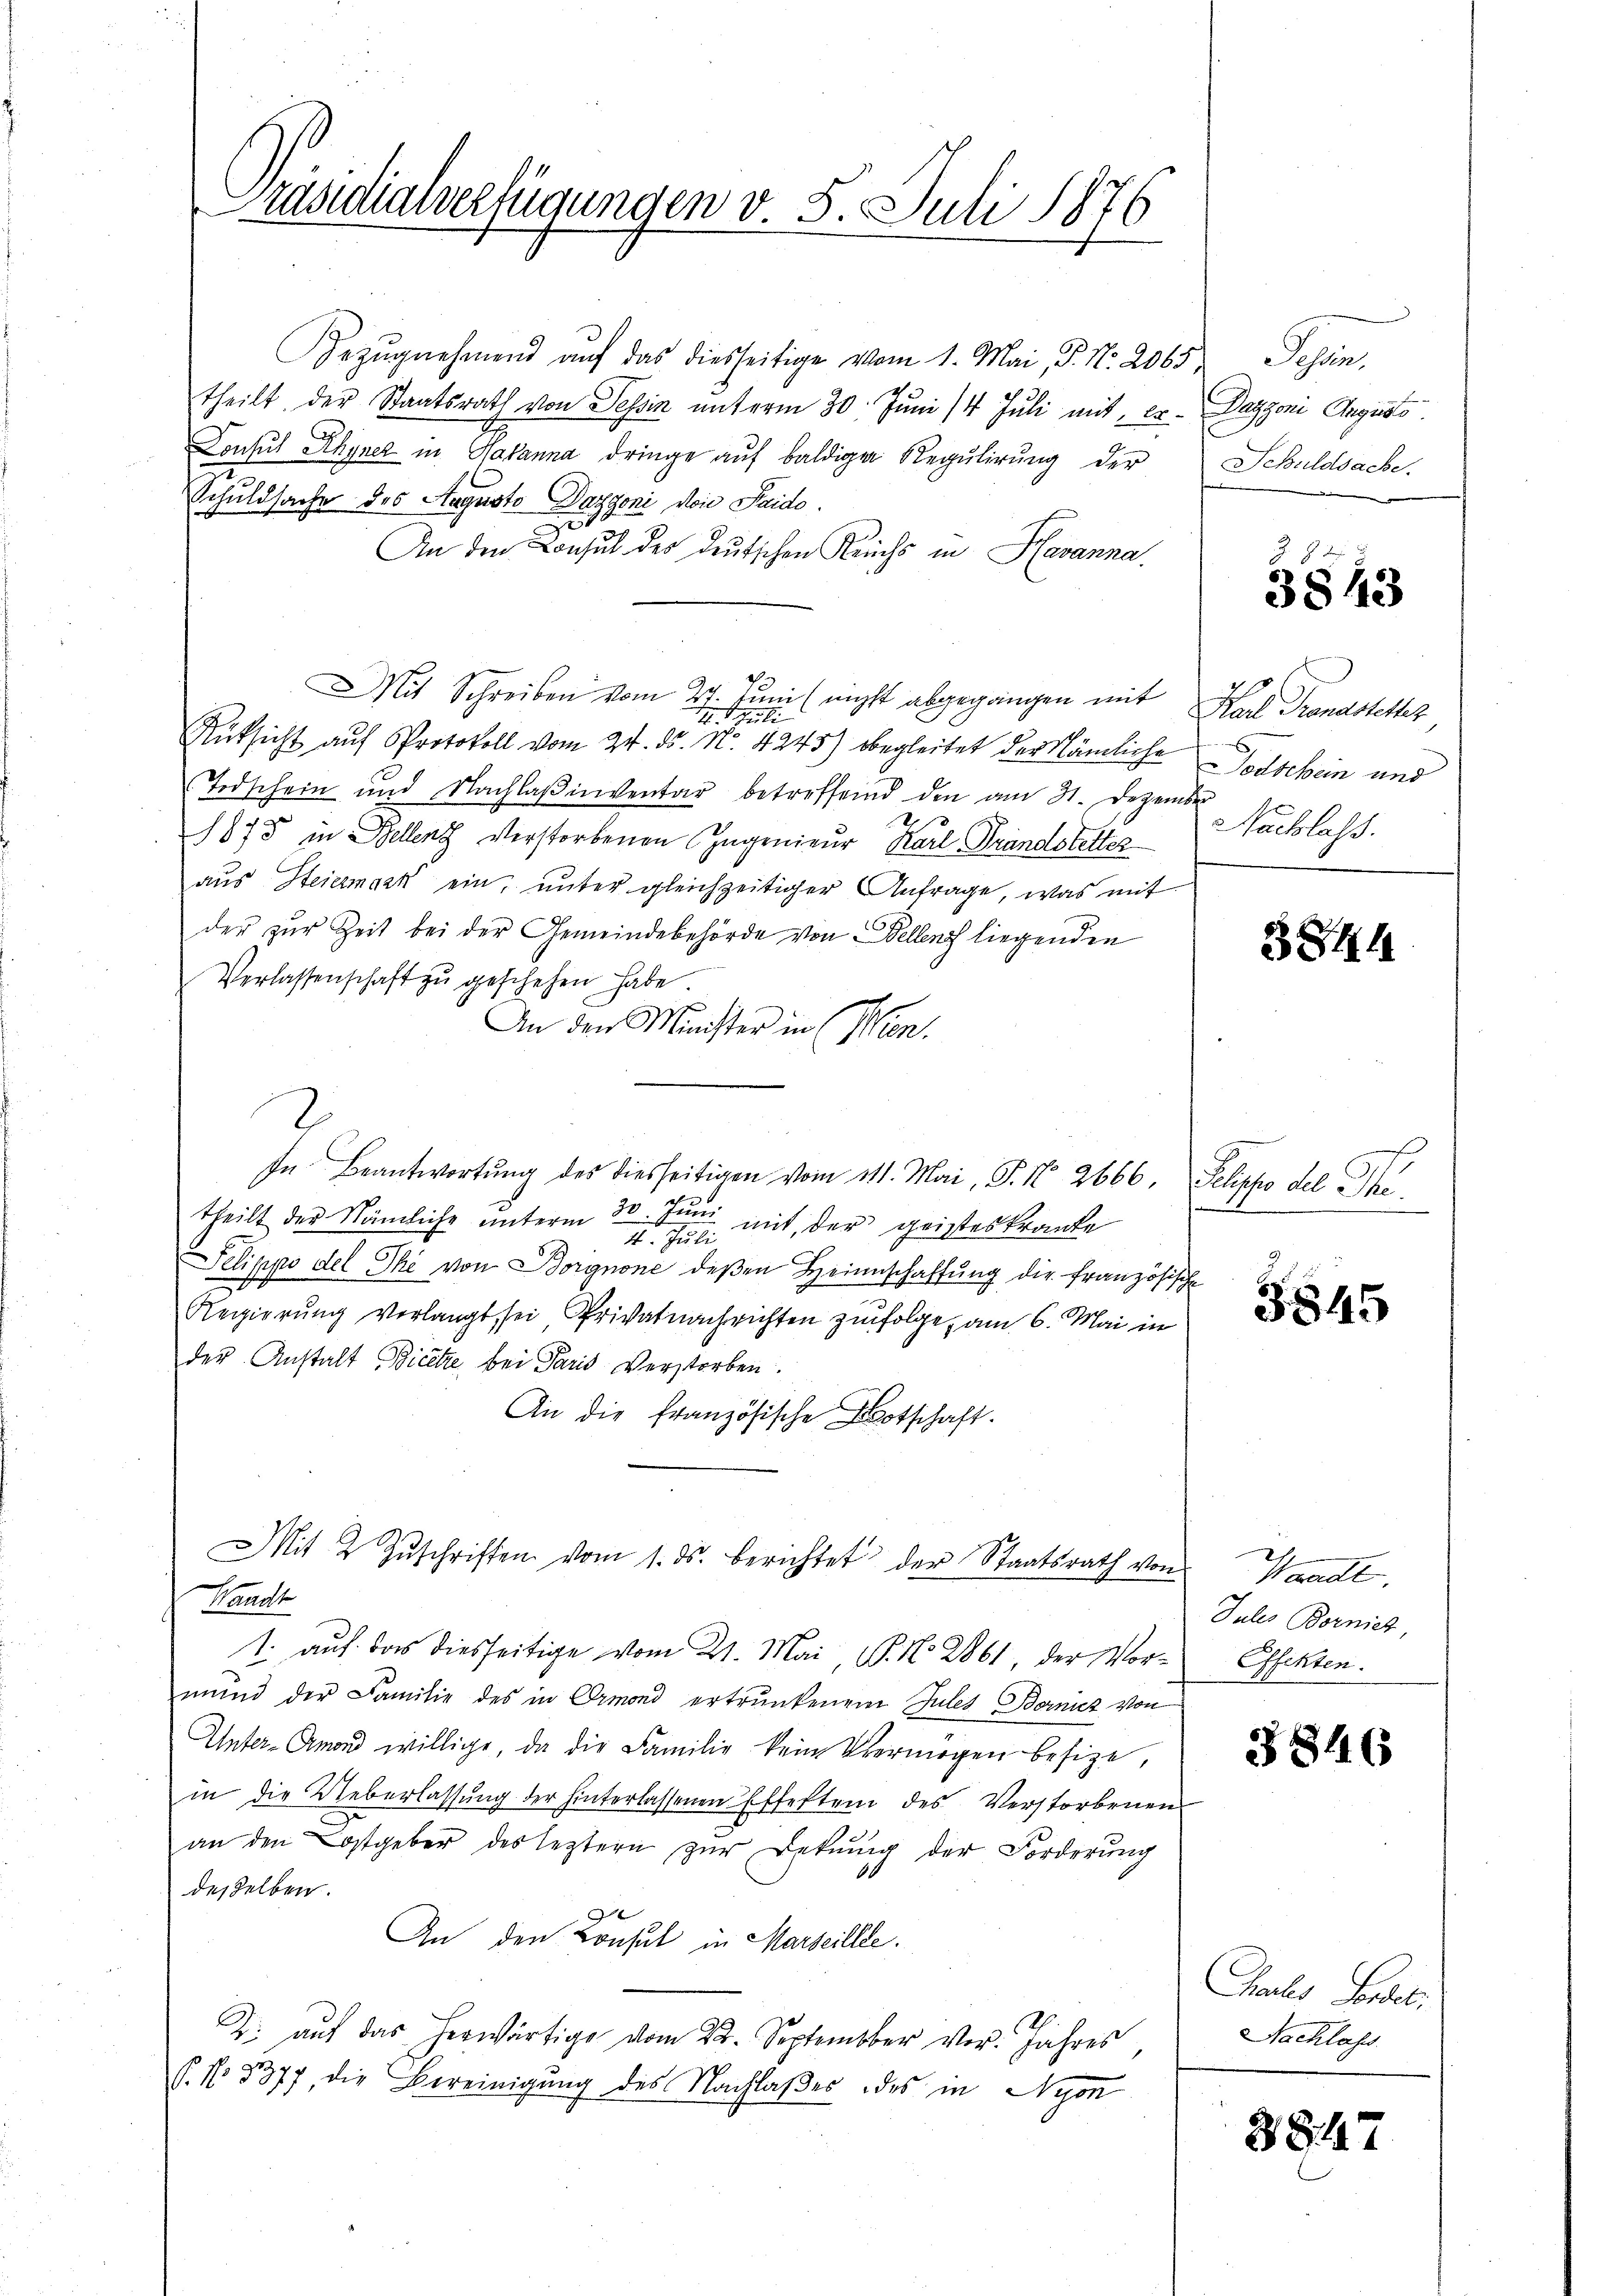
räsidialverfügungen v. 5. Juli 1870
t

Bezŭgnehmend aŭf das diesseitige vom 1. Mai, P. Nr. 2065,
theilt der Staatsrath von Tessin unterm 30. Juni /4 Juli mit, er. Daggoni Augusts
Consul Rhyner in Havanna dringe aŭf baldiger Regulirung der Schuldsache.
Schuldsache des Augusto Dazzoni von Saido.
r
An den Consul des deutschen Reichs in Havanna.
MMit Schreiben vom 27. Juni (nicht abgegangen mit
14. Juli
Rücksicht auf Protokoll vom 24. ds. No. 4245) begleitet der Nämliche Todschein und
Todschein und Nachlaβinventar betreffend den am 31. Dezember
1875 in Bellens verstorbenen Ingenieur Karl Grandstetter
aus Steiermark ein, unter gleichzeitiger Antrage, was mit
der zur Zeit bei der Gemeindebehörde von Bellenz liegenden
Verlassenschaft zŭ geschehen habe.
An den Minister in Wien.
2
In Beantwortŭng des diesseitigen vom 111. Mai, P. N. 2666. Selippo del hi
theilt der Nämliche ŭnterm 30. Juni
mit, der geisteskranke
I. Juli
Selippo del The von Borgnone deßen Heimschaffung die französische
Regierung verlangt, sei Privatnachrichten zufolge, am 6. Mai in
der Anstalt Bicitze, bei Paris Verstorben
An die französische Botschaft.
Mit 2 Zŭschriften vom 1. ds. berichtet der Staatsrath von
Waadt
1. auf das diesseitige vom 21. Mai, P. N. 2861, der Mormŭnd der Familie des in Ormond ertrunkenen Jules Bernicz von
Unter-Amon willige, da die Familie kein Vermögen besitze,
in die Ueberlassung der hinterlassenen Effekten des Verstorbenen
an den Kostgeber des leztern zur Dekŭng der Forderung
desselben.
An den Konsul in Marseille.
2. aŭf das herwärtige vom 22. September vor. Jahres
P. No 8377, die Bereinigung des Nachlaßes des in Nyon

Schn

3843

Karl Pronastetter
Nachlass.

384

3845

Waadt.
Jules Borniet,
Effekten.

3846

Prales Fordet
Nachlass

3847